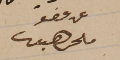
عن عضو ملحم سعيفان